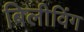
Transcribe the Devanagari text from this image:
बिलीविंग